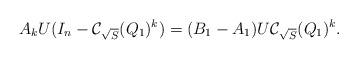
LaTeX: \begin{align*}{{A}_k U(I_n-\mathcal{C}_{\sqrt{S}}({Q}_1)^{k})=(B_1-A_1)U\mathcal{C}_{\sqrt{S}}({Q}_1)^{k}.}\end{align*}